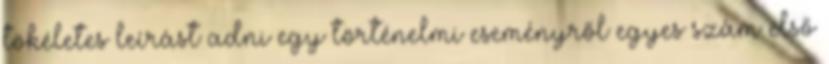
tökéletes leírást adni egy történelmi eseményről egyes szám első